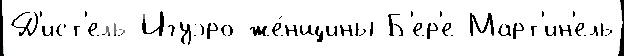
Д'ист'ель Игуэро же́нщины Б'ер'е-Март'ин'ель